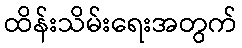
ထိန်းသိမ်းရေးအတွက်